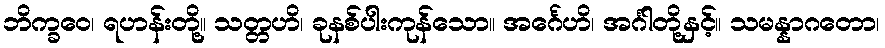
ဘိက္ခဝေ၊ ရဟန်းတို့။ သတ္တဟိ၊ ခုနစ်ပါးကုန်သော။ အင်္ဂေဟိ၊ အင်္ဂါတို့နှင့်။ သမန္နာဂတော၊